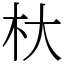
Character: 杕